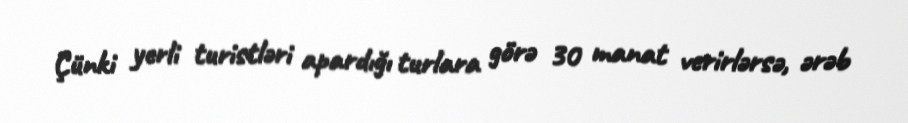
Çünki yerli turistləri apardığı turlara görə 30 manat verirlərsə, ərəb